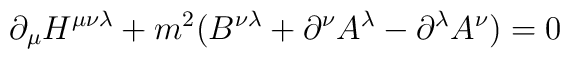
\partial_\mu H^{\mu\nu\lambda} + m^2 (B^{\nu\lambda} + \partial^\nu A^\lambda- \partial^\lambda  A^\nu ) = 0